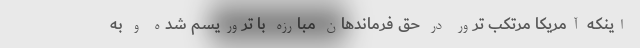
اینکه آمریکا مرتکب ترور در حق فرماندهان مبارزه با تروریسم شده و به